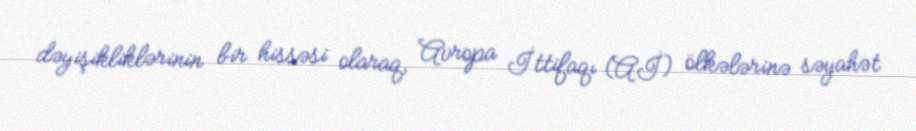
dəyişikliklərinin bir hissəsi olaraq, Avropa İttifaqı (Aİ) ölkələrinə səyahət